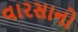
વારસાનો